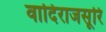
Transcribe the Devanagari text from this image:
वादिराजसूरि